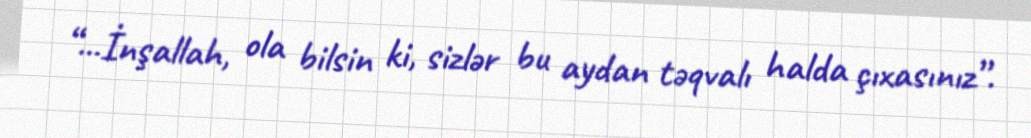
“...İnşallah, ola bilsin ki, sizlər bu aydan təqvalı halda çıxasınız”.